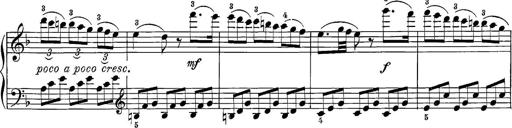
Title: 12 Sonatine per Pianoforte
Composer: Friedrich Kuhlau